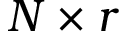
N \times r